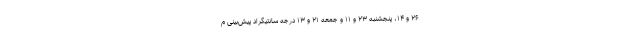
۲۶ و ۱۴، پنجشنبه ۲۳ و ۱۱ و جمعه ۲۱ و ۱۳ درجه سانتیگراد پیش‌بینی م